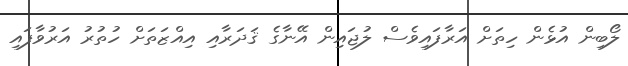
ލޯބިން އުޅެން ހިތަށް އަރާފައިވެސް ލުޖައިން އޭނާގެ ޤަދަރާއި އިއްޒަތަށް ހުތުރު އަރުވާފައި